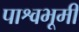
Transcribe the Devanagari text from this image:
पाश्वभूमी